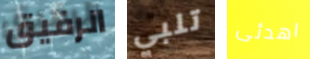
الرفيق تلبي اهدئى